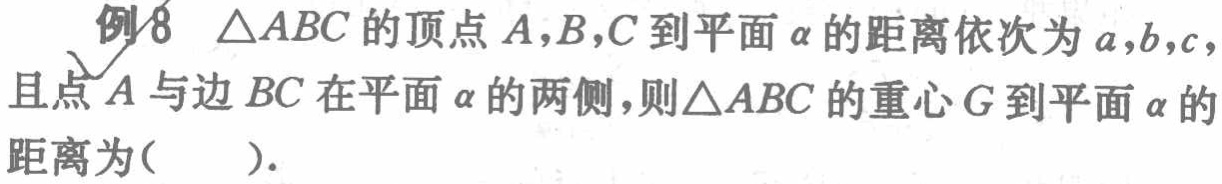
例8 $\triangle ABC$的顶点$A,B,C$到平面$\alpha$的距离依次为$a,b,c$，且点$A$与边$BC$在平面$\alpha$的两侧，则$\triangle ABC$的重心$G$到平面$\alpha$的距离为( ).